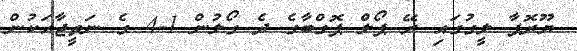
ޔޫރޮޕާ ލީގުގައި ރޭ ޕޯލް ޕޮގްބާގެ ދެ ގޯލުން 1-4 ގެ ނަތީޖާއަކުން